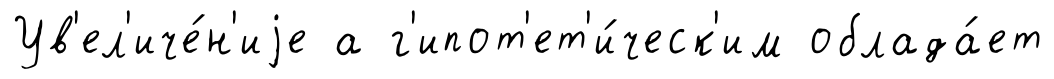
Ув'ел'иче́н'иjе а г'ипот'ет'и́ческ'им облада́ет